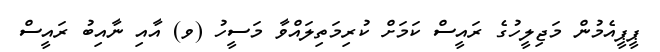
ޕީޕީއެމުން މަޖިލީހުގެ ރައީސް ކަމަށް ކުރިމަތިލައްވާ މަސީހު (ވ) އާއި ނާއިބު ރައީސް